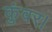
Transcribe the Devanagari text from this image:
कुंवर।